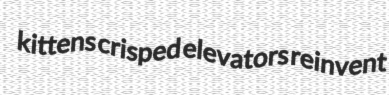
kittens crisped elevators reinvent